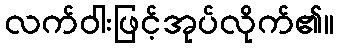
လက်ဝါးဖြင့်အုပ်လိုက်၏။